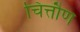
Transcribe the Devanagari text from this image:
चित्तौण